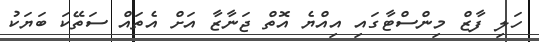
ހަލި ފާޒް މިންސްޓާގައި އިއްޔެ އޮތް ޖަނާޒާ އަށް އެތައް ސަތޭކަ ބަޔަކު